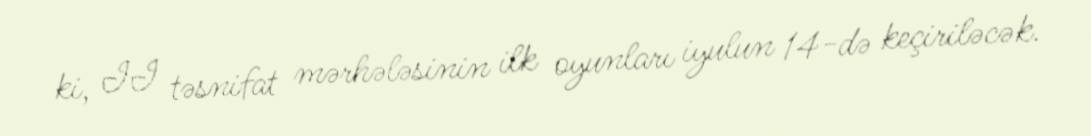
ki, II təsnifat mərhələsinin ilk oyunları iyulun 14-də keçiriləcək.